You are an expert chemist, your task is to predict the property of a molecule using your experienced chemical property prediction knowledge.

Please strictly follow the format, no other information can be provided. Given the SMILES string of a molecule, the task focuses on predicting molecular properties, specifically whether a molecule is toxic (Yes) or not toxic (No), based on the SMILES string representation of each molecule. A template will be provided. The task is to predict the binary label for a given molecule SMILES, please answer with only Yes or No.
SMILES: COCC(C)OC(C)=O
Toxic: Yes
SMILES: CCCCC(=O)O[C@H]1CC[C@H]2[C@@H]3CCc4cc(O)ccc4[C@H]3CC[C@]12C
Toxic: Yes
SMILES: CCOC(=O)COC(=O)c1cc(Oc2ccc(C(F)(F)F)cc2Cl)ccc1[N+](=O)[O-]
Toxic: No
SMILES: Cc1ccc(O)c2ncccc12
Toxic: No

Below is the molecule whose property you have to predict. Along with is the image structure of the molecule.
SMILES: S=c1[nH]cnc2[nH]cnc12
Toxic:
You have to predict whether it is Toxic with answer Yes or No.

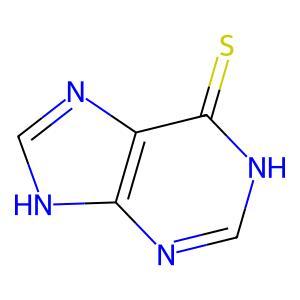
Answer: No